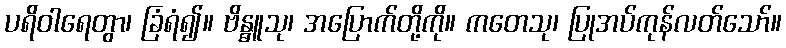
ပရိဝါရေတွာ၊ ခြံရံ၍။ ဗိန္ဓူသု၊ အပြောက်တို့ကို။ ကတေသု၊ ပြုအပ်ကုန်လတ်သော်။